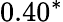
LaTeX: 0.40^{*}